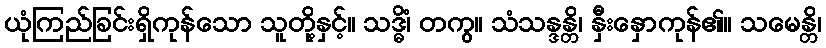
ယုံကြည်ခြင်းရှိကုန်သော သူတို့နှင့်။ သဒ္ဓိံ၊ တကွ။ သံသန္ဒန္တိ၊ နှီးနှောကုန်၏။ သမေန္တိ၊